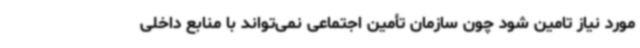
مورد نیاز تامین شود چون سازمان تأمین اجتماعی نمی‌تواند با منابع داخلی